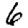
Digit: 6